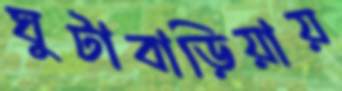
ঘুটাবাড়িয়ায়